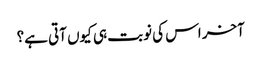
آخر اس کی نوبت ہی کیوں آتی ہے؟